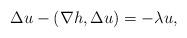
LaTeX: \begin{align*}\Delta u - (\nabla h, \Delta u) = -\lambda u,\end{align*}